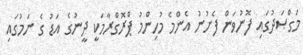
މަގްޞަދުގައި ފޮނުވަން ފެށުނު އެންމެ މުހިންމު ޕްރޮގްރާމަކީ ދީނުގެ އަޑު ގެ ނަމުގައި